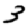
Digit: 3